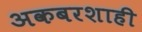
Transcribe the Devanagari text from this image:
अकबरशाही